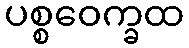
ပစ္စဝေက္ခထ